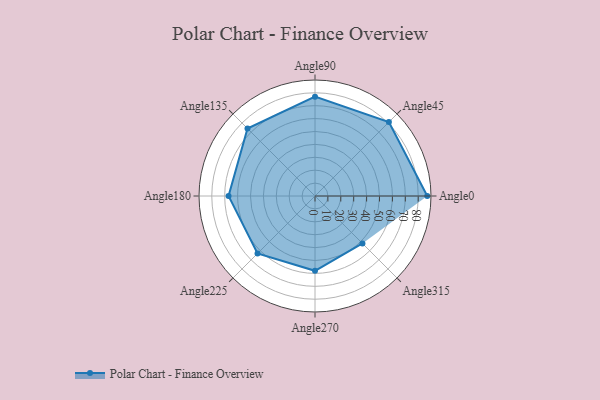
{"axis": {"x": "Angle", "y": "Radius"}, "legend": [""], "data": [{"x": "Angle0", "y": 87.0, "type": ""}, {"x": "Angle45", "y": 81.0, "type": ""}, {"x": "Angle90", "y": 77.0, "type": ""}, {"x": "Angle135", "y": 74.0, "type": ""}, {"x": "Angle180", "y": 67.0, "type": ""}, {"x": "Angle225", "y": 63.0, "type": ""}, {"x": "Angle270", "y": 58.0, "type": ""}, {"x": "Angle315", "y": 52.0, "type": ""}]}